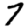
Digit: 7